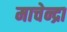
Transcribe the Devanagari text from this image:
माचेन्द्रा